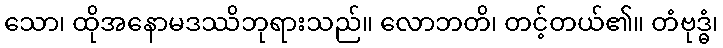
သော၊ ထိုအနောမဒဿိဘုရားသည်။ လောဘတိ၊ တင့်တယ်၏။ တံဗုဒ္ဓံ၊